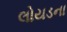
લોયડના